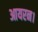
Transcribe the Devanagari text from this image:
आयरन।